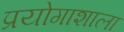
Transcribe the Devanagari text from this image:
प्रयोगाशाला